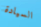
السيادة